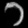
Digit: ၁